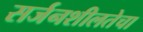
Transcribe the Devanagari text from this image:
सर्जनशीलतेचा